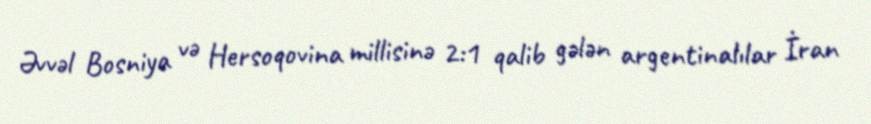
Əvvəl Bosniya və Hersoqovina millisinə 2:1 qalib gələn argentinalılar İran